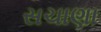
સચાણા